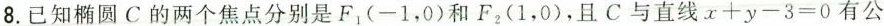
8.已知椭圆C的两个焦点分别是F1(-1，0)和F2(1，0)，且C与直线$$ x+y-3=0$$ 有公